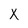
Character: X